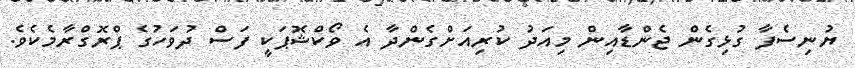
ޔުނިސެފާ ގުޅިގެން ޖެންޑާއިން މިއަދު ކުރިއަށްގެންދާ އެ ވޯކްޝޮޕަކީ ފަސް ދުވަހުގެ ޕްރޮގްރާމެކެވެ.